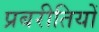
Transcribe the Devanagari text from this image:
प्रबरीतियों